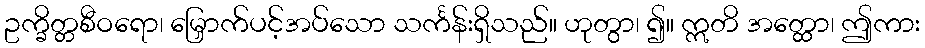
ဥက္ခိတ္တစီဝရော၊ မြှောက်ပင့်အပ်သော သင်္ကန်းရှိသည်။ ဟုတွာ၊ ၍။ ဣတိ အတ္ထော၊ ဤကား